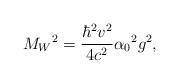
LaTeX: \begin{align*}{M_W}^2 = \frac{\hbar^2 v^2}{4c^2}{\alpha_0}^2 g^2,\end{align*}